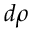
d \rho